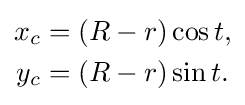
{\begin{aligned}x_{c}&=(R-r)\cos t,\\y_{c}&=(R-r)\sin t.\end{aligned}}